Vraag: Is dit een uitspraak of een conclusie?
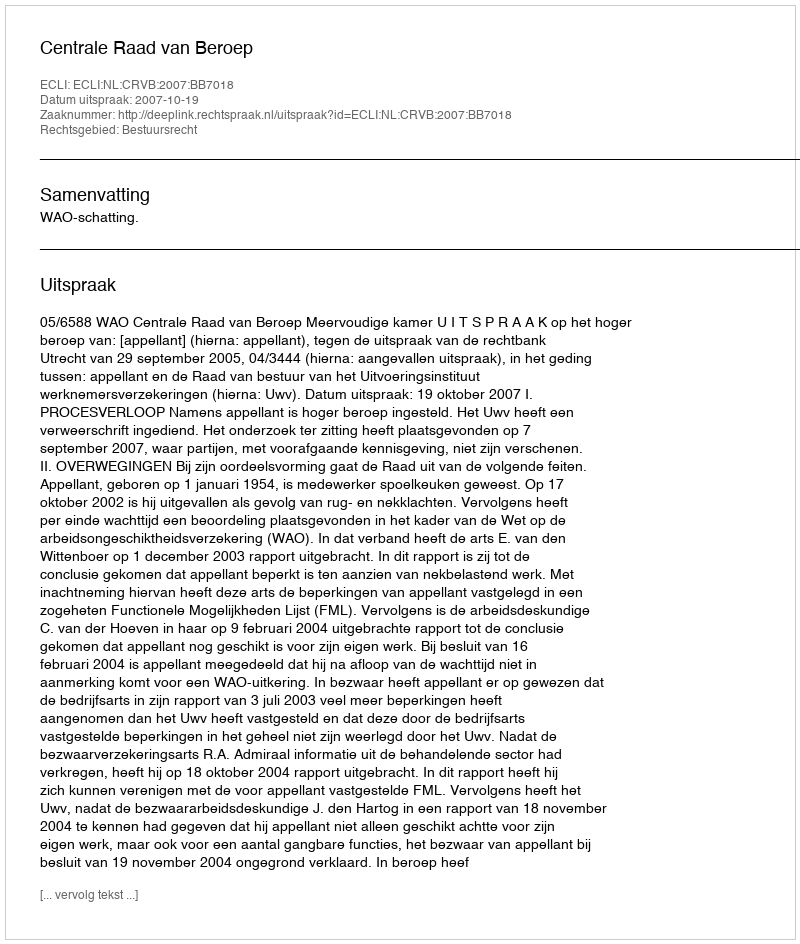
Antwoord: Uitspraak